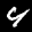
Label: 4